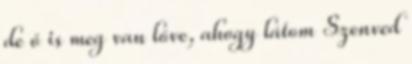
de ő is meg van lőve, ahogy látom Szenved